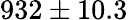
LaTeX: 932\pm 10.3